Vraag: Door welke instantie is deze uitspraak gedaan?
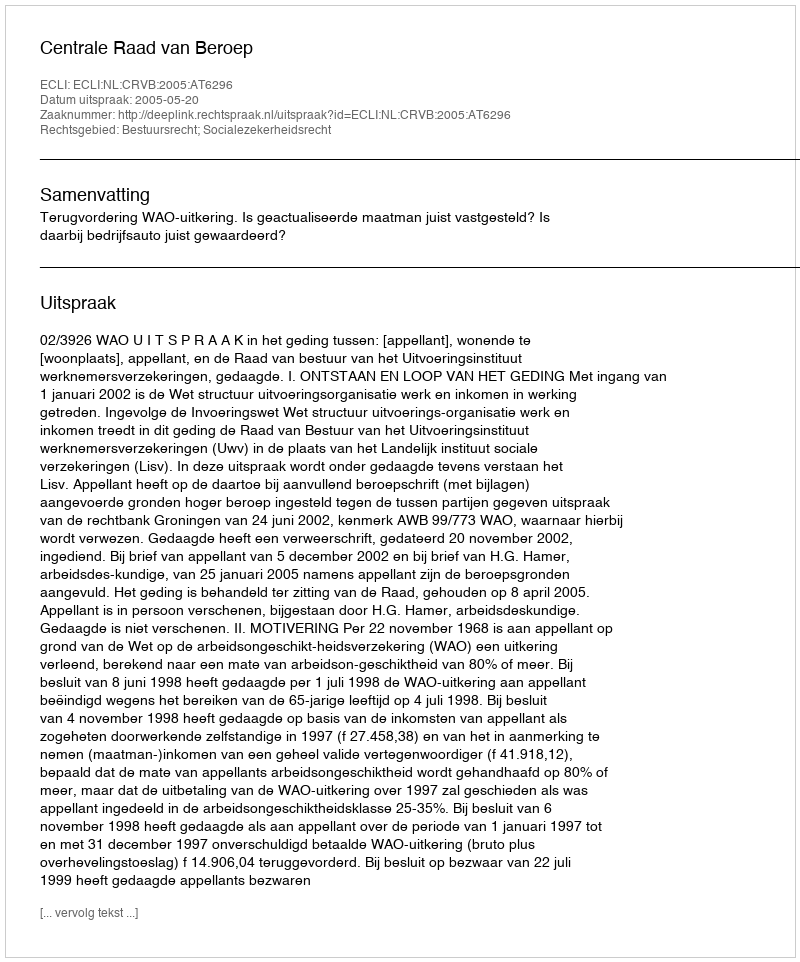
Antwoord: Centrale Raad van Beroep